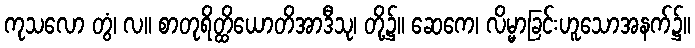
ကုသလော တွံ၊ လ။ စာတုရိတ္ထိယောတိအာဒီသု၊ တို့၌။ ဆေကေ၊ လိမ္မာခြင်းဟူသောအနက်၌။